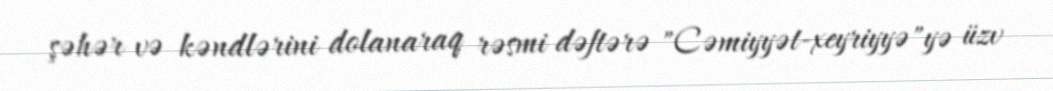
şəhər və kəndlərini dolanaraq rəsmi dəftərə "Cəmiyyət-xeyriyyə"yə üzv